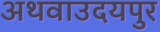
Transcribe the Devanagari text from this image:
अथवाउदयपुर